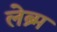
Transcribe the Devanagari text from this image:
लेब्र्म